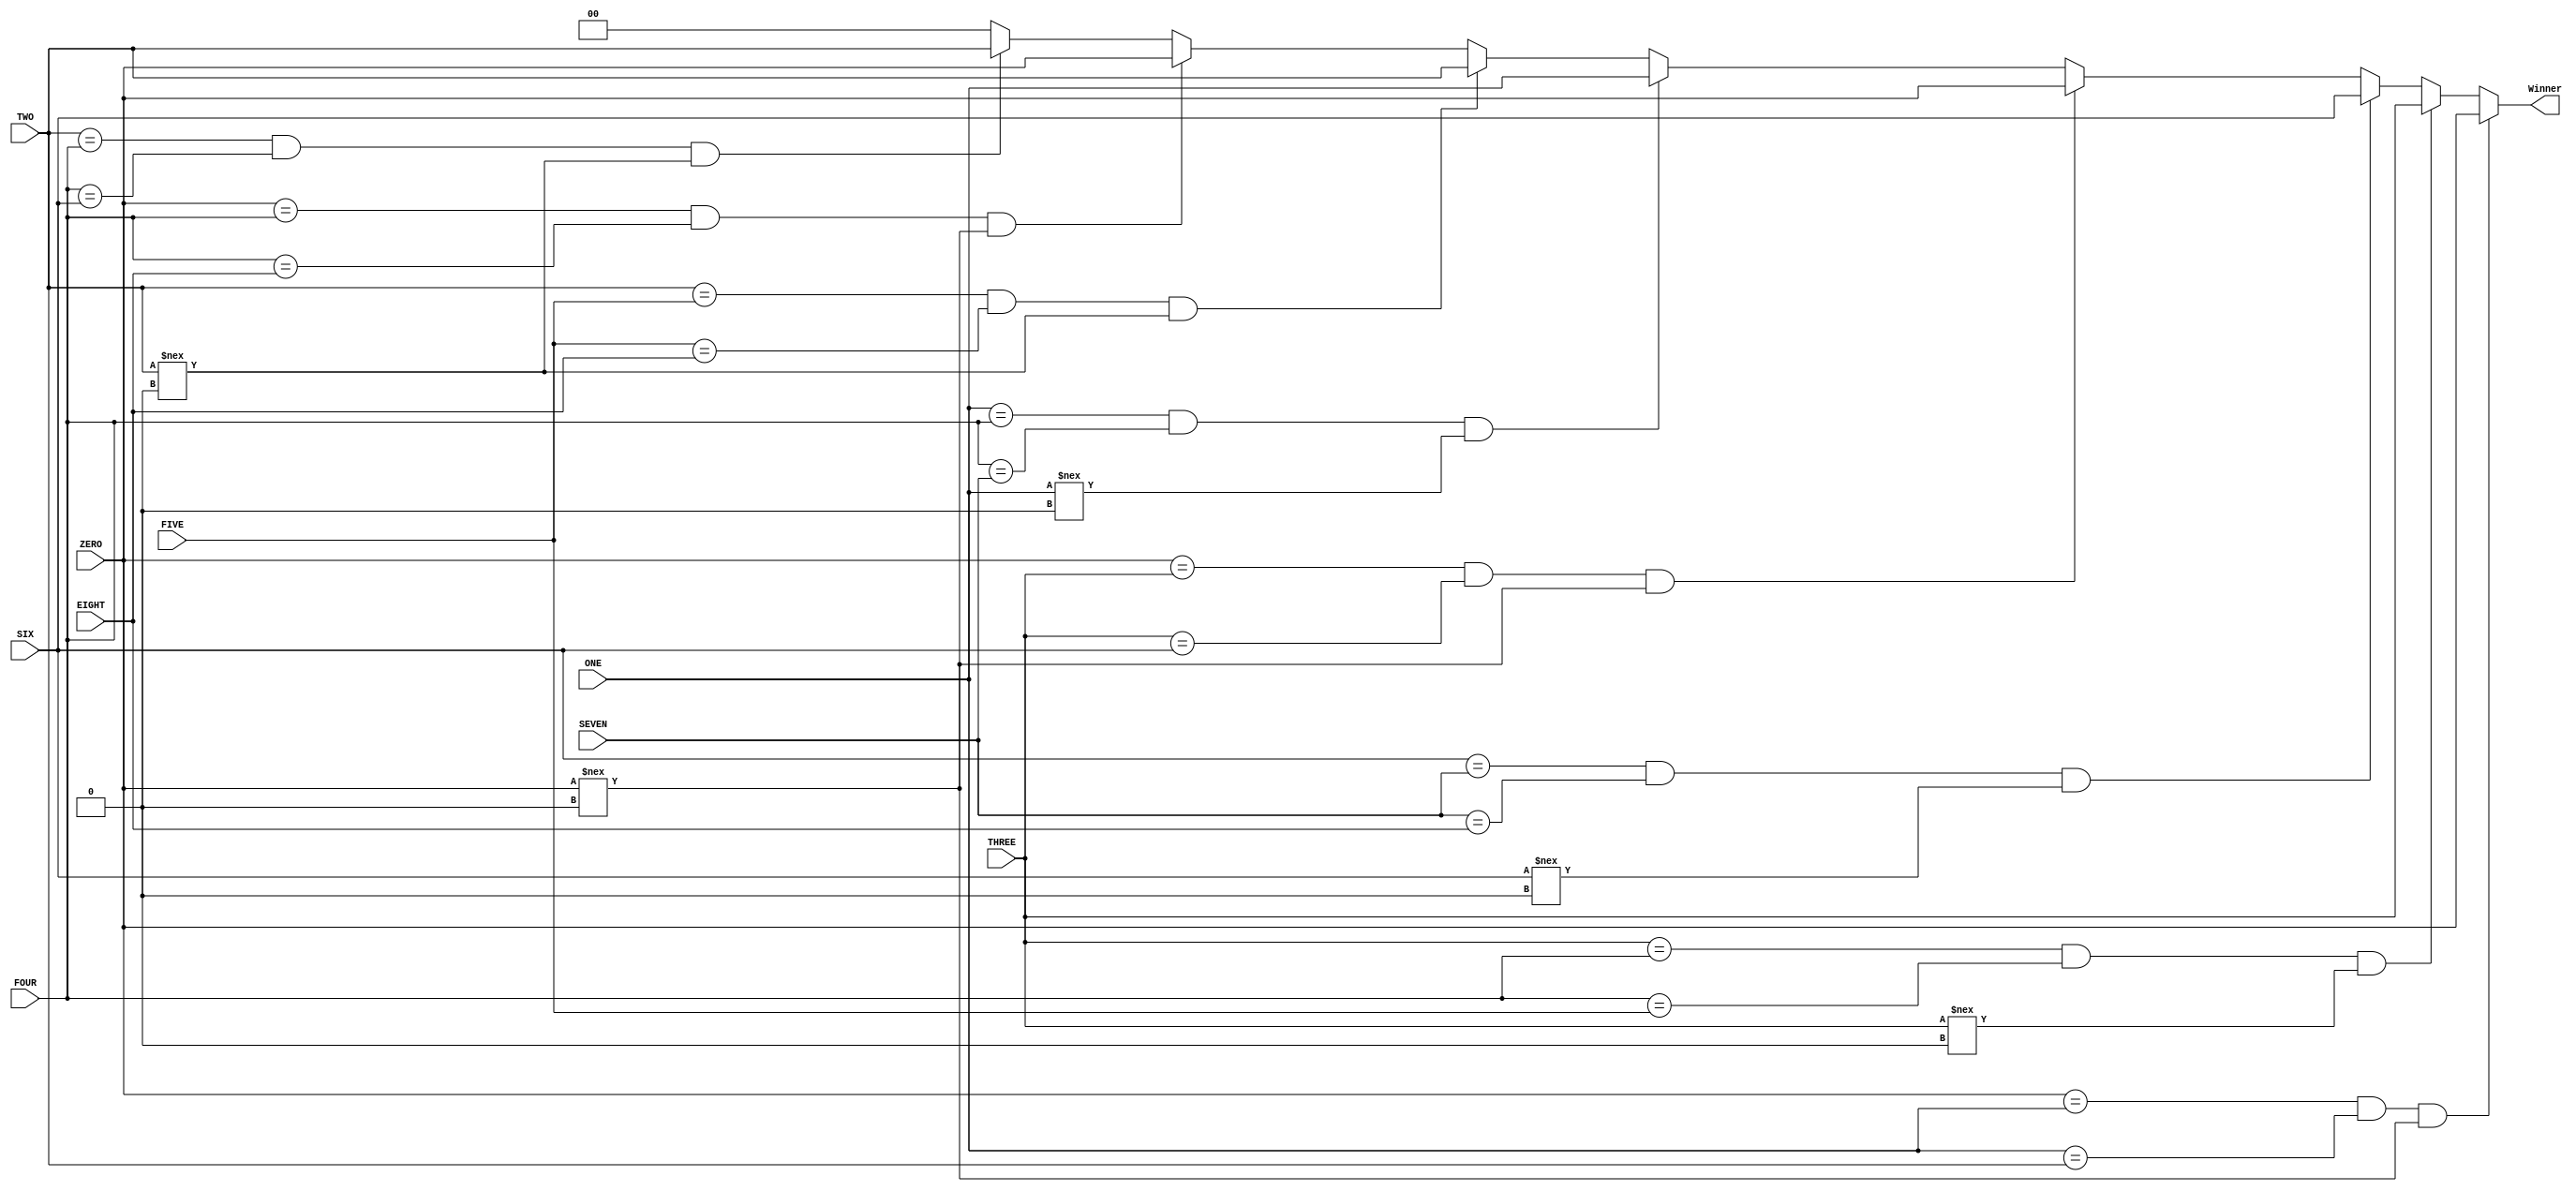
`timescale 1ns / 1ps
//////////////////////////////////////////////////////////////////////////////////
// Company: 
// Engineer: 
// 
// Design Name: 
// Module Name: CheckWin
// Project Name: 
// Target Devices: 
// Tool Versions: 
// Description: 
// 
// Dependencies: 
// 
// Revision:
// Revision 0.01 - File Created
// Additional Comments:
// 
//////////////////////////////////////////////////////////////////////////////////


module CheckWin(
    input [1:0] ZERO,
    input [1:0] ONE,
    input [1:0] TWO,
    input [1:0] THREE,
    input [1:0] FOUR,
    input [1:0] FIVE,
    input [1:0] SIX,
    input [1:0] SEVEN,
    input [1:0] EIGHT,
    output reg [1:0] Winner
    );
    // 0 1 2
    // 3 4 5
    // 6 7 8
    always @(*) begin
        if(ZERO == ONE && ONE == TWO && ZERO !== 2'b00) Winner = ZERO;
        else if(THREE == FOUR && FOUR == FIVE && THREE !== 2'b00) Winner = THREE;
        else if(SIX == SEVEN && SEVEN == EIGHT && SIX !== 2'b00) Winner = SIX;
        else if(ZERO == THREE && THREE == SIX && ZERO !== 2'b00) Winner = ZERO;
        else if(ONE == FOUR && FOUR == SEVEN && ONE !== 2'b00) Winner = ONE;
        else if(TWO == FIVE && FIVE == EIGHT && TWO !== 2'b00) Winner = TWO;
        else if(ZERO == FOUR && FOUR == EIGHT && ZERO !== 2'b00) Winner = ZERO;
        else if(TWO == FOUR && FOUR == SIX && TWO !== 2'b00) Winner = TWO;
        else Winner = 2'b00;
    end
endmodule